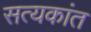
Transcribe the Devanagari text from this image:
सत्यकांत